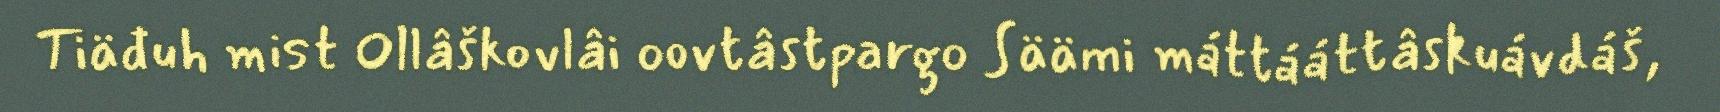
Tiäđuh mist Ollâškovlâi oovtâstpargo Säämi máttááttâskuávdáš,